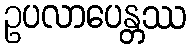
ဥပလာပေန္တဿ